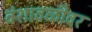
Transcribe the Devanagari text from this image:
वंशावळीवर